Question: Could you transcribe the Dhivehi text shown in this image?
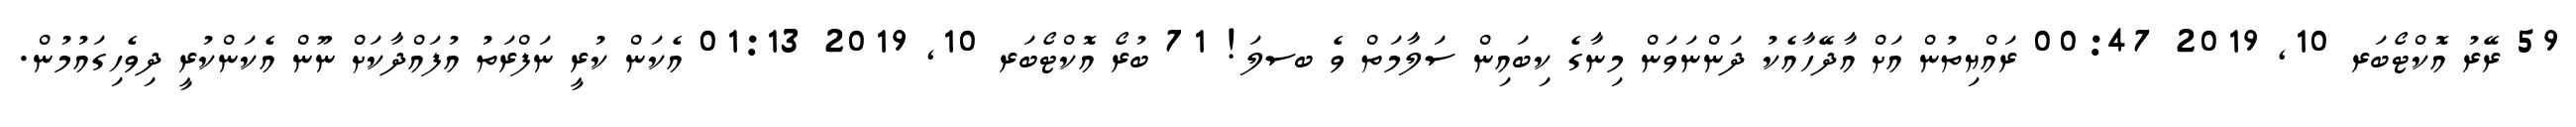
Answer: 59 ރޭރު އޮކްޓޯބަރ 10, 2019 00:47 ރައްޔިތުން އަށް އާދޭހާއެކު ދަންނަވަން މިނާގެ ކިބައިން ސަލާމަތް ވެ ބސލަ! 71 ބުރޯ އޮކްޓޯބަރ 10, 2019 01:13 އެކަން ކުރީ ނަފްރަތު އުފައްދާކަށް ނޫން އެކަންކުރީ ދިވެހިގައުމުން.